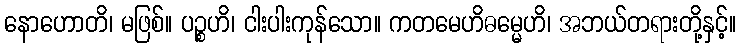
နောဟောတိ၊ မဖြစ်။ ပဉ္စဟိ၊ ငါးပါးကုန်သော။ ကတမေဟိဓမ္မေဟိ၊ အဘယ်တရားတို့နှင့်။